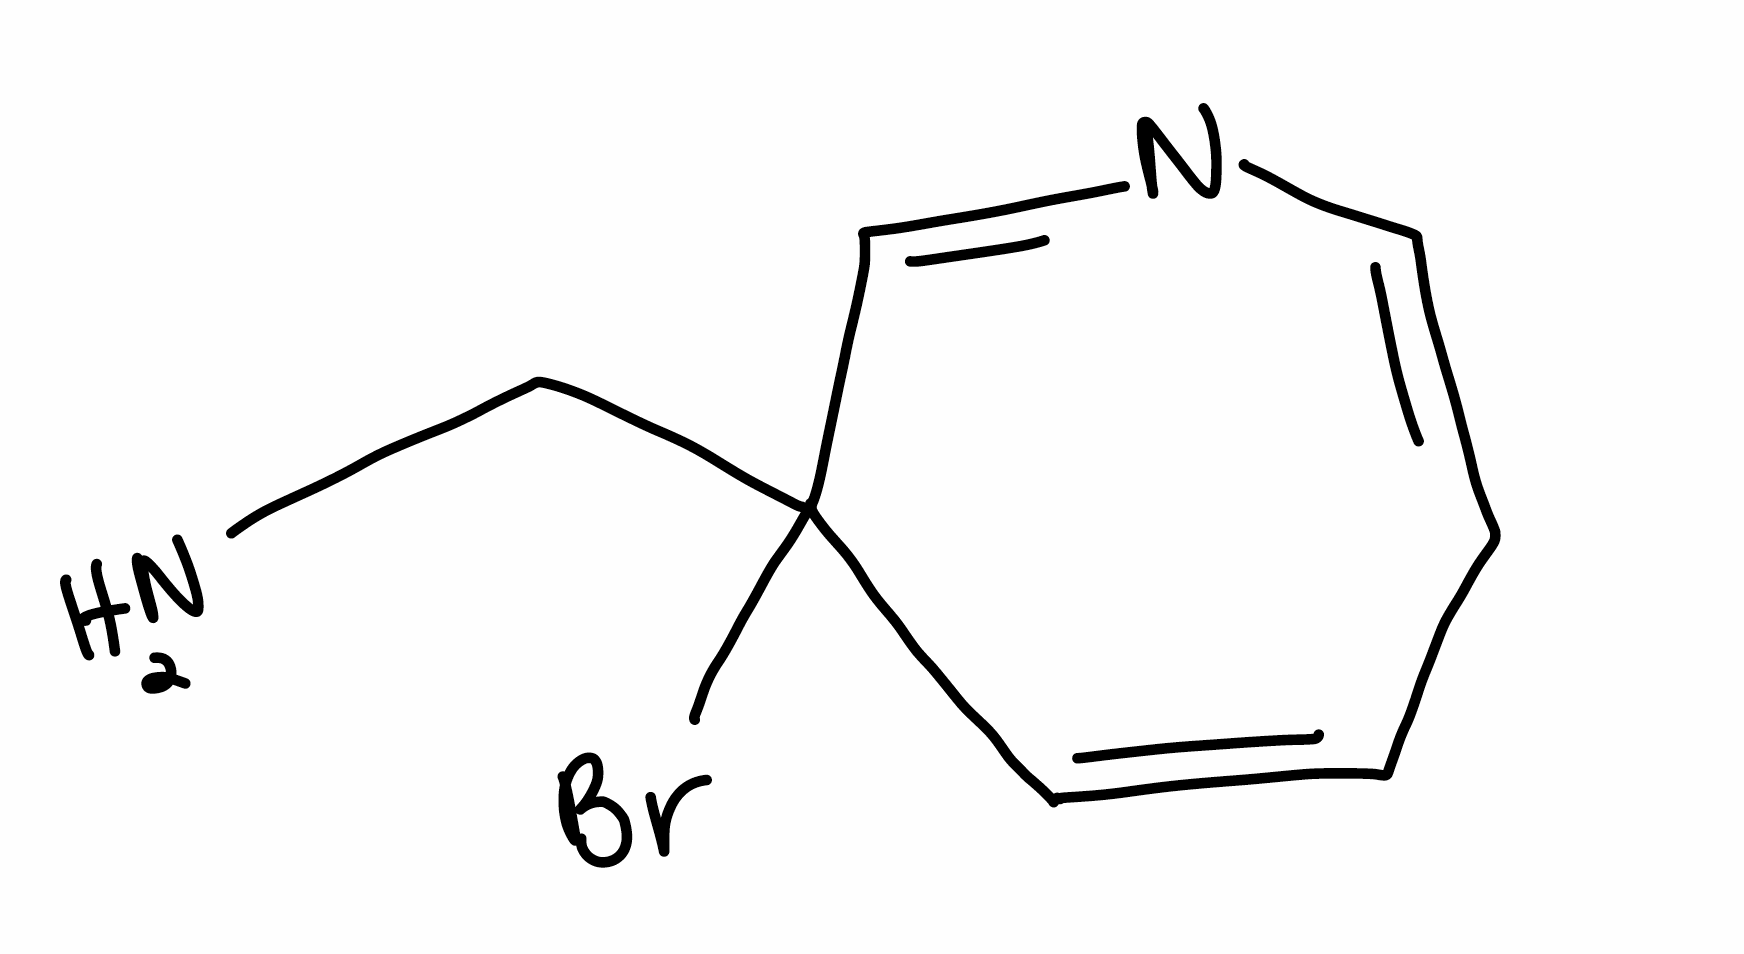
Simplified molecular-input line-entry system (SMILES) notation of the given molecule:
C1=CC(C=NC=C1)(CN)Br